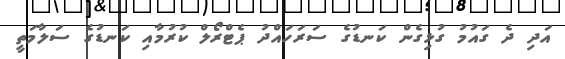
އަދި ދެ ގައުމު ގުޅިގެން ކަނޑުގެ ސަރަހައްދު ޕެޓްރޯލް ކުރުމާއި ކަނޑުގެ ސަލާމަތީ